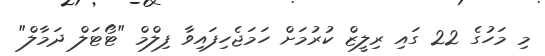
މި މަހުގެ 22 ގައި ރިލީޒް ކުރުމަށް ހަމަޖެހިފައިވާ ފިލްމް "ޓޯޓަލް ދަމާލް"